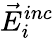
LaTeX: \vec{E}_{i}^{inc}